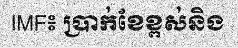
IMF៖ ប្រាក់ខែខ្ពស់និង